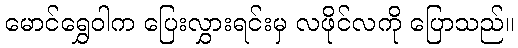
မောင်ရွှေဝါက ပြေးလွှားရင်းမှ လဖိုင်လကို ပြောသည်။